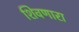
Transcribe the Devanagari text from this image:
शिवणारा